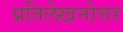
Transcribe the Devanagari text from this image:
प्रतिलेखनोत्तर